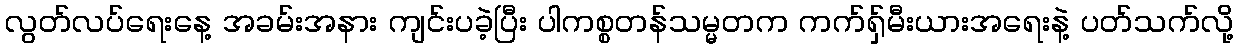
လွတ်လပ်ရေးနေ့ အခမ်းအနား ကျင်းပခဲ့ပြီး ပါကစ္စတန်သမ္မတက ကက်ရှ်မီးယားအရေးနဲ့ ပတ်သက်လို့